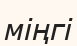
міңгі